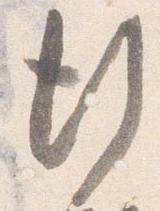
行